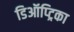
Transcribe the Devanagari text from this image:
डिऑप्ट्रिका